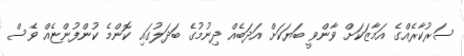
ސަރުކާރެއްގެ އަމާޒަކަށް ވާންވީ ބަޔަކަށް އަދަބެއް ދިނުމުގެ ބަދަލުގައި ކޮންމެ ކުންފުންޏެއް ވެސް